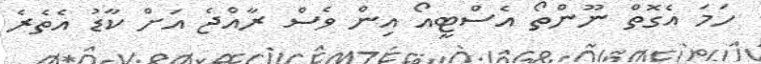
ހަމަ އެގޮތް ނޫންތޯ އެސްޓީއޯ އިން ވެސް ރާއްޖެ އަށް ކާޑު އެތެރެ